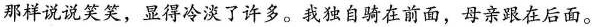
那样说说笑笑，显得冷淡了许多。我独自骑在前面，母亲跟在后面。